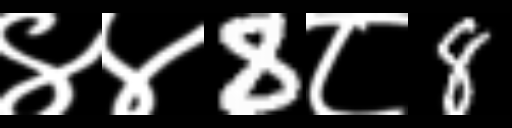
Text: ४४8८8